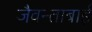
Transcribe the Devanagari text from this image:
जैवन्ताबाई